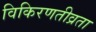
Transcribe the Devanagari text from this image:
विकिरणतीव्रता